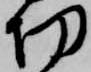
切